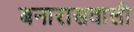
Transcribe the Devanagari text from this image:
बनारासवाली